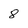
Character: 8